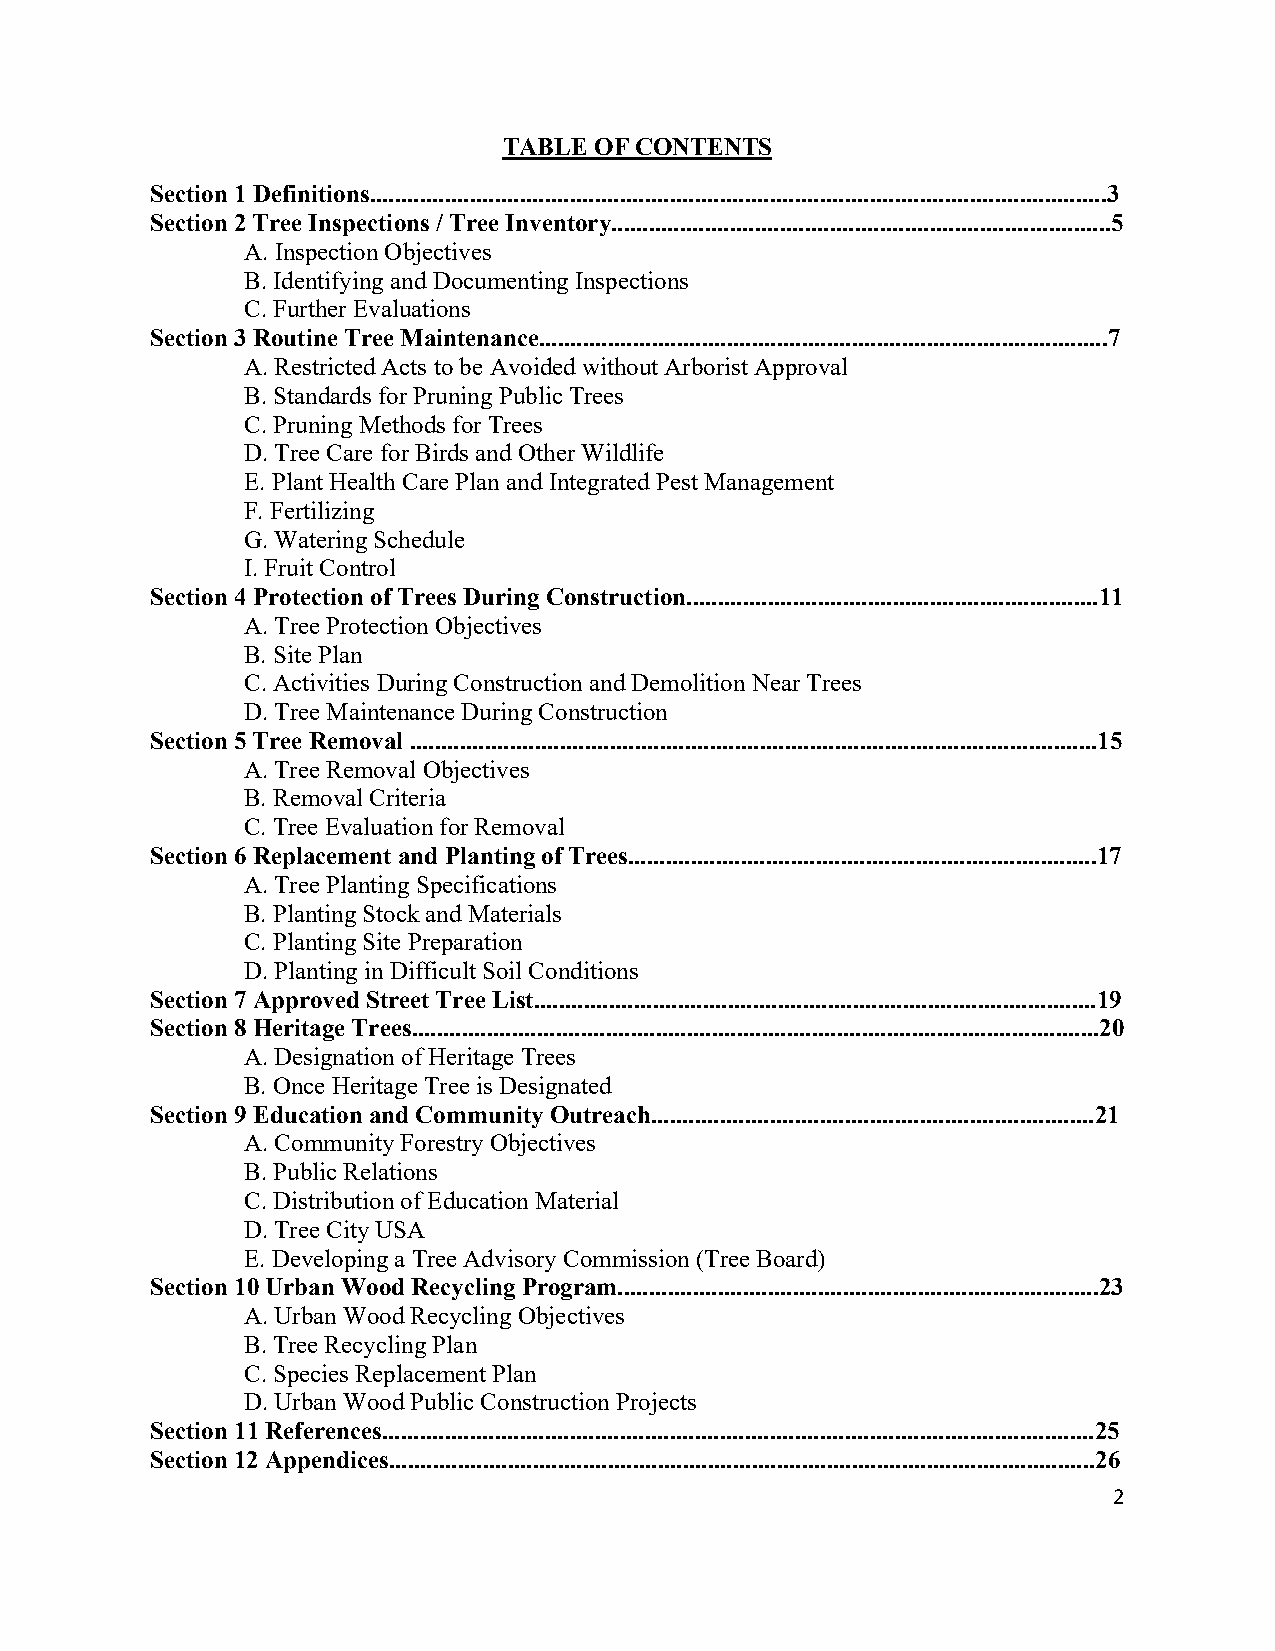
TABLE OF CONTENTS
 Section 1 Definitions......................................................................................................................3
 Section 2 Tree Inspections / Tree Inventory................................................................................5
 A. Inspection Objectives
 B. Identifying and Documenting Inspections
 C. Further Evaluations
 Section 3 Routine Tree Maintenance...........................................................................................7
 A. Restricted Acts to be Avoided without Arborist Approval
 B. Standards for Pruning Public Trees
 C. Pruning Methods for Trees
 D. Tree Care for Birds and Other Wildlife
 E. Plant Health Care Plan and Integrated Pest Management
 F. Fertilizing
 G. Watering Schedule
 I. Fruit Control
 Section 4 Protection of Trees During Construction..................................................................11
 A. Tree Protection Objectives
 B. Site Plan
 C. Activities During Construction and Demolition Near Trees
 D. Tree Maintenance During Construction
 Section 5 Tree Removal ..............................................................................................................15
 A. Tree Removal Objectives
 B. Removal Criteria
 C. Tree Evaluation for Removal
 Section 6 Replacement and Planting of Trees...........................................................................17
 A. Tree Planting Specifications
 B. Planting Stock and Materials
 C. Planting Site Preparation
 D. Planting in Difficult Soil Conditions
 Section 7 Approved Street Tree List..........................................................................................19
 Section 8 Heritage Trees..............................................................................................................20
 A. Designation of Heritage Trees
 B. Once Heritage Tree is Designated
 Section 9 Education and Community Outreach.......................................................................21
 A. Community Forestry Objectives
 B. Public Relations
 C. Distribution of Education Material
 D. Tree City USA
 E. Developing a Tree Advisory Commission (Tree Board)
 Section 10 Urban Wood Recycling Program.............................................................................23
 A. Urban Wood Recycling Objectives
 B. Tree Recycling Plan
 C. Species Replacement Plan
 D. Urban Wood Public Construction Projects
 Section 11 References..................................................................................................................25
 Section 12 Appendices.................................................................................................................26
 2